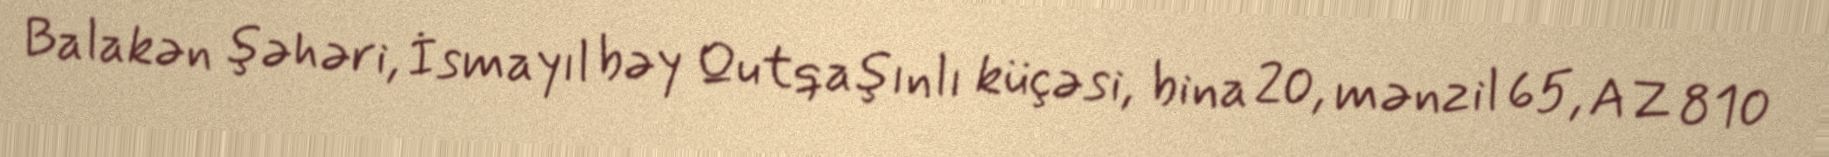
Balakən şəhəri, İsmayıl bəy Qutqaşınlı küçəsi, bina 20, mənzil 65, AZ 810